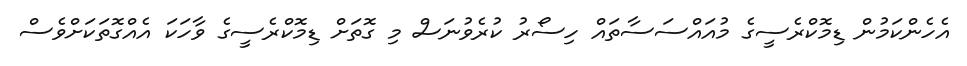
އެހެންކަމުން ޑިމޮކްރެސީގެ މުއައްސަސާތައް ހިސޯރު ކުރެވުނަސް މި ގޮތަށް ޑިމޮކްރެސީގެ ވާހަކަ އެއްގޮތަކަށްވެސް